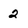
Character: 2